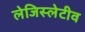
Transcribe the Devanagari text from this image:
लेजिस्लेटीव